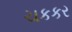
ચકકર